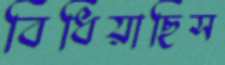
বিঁধিয়াছিস